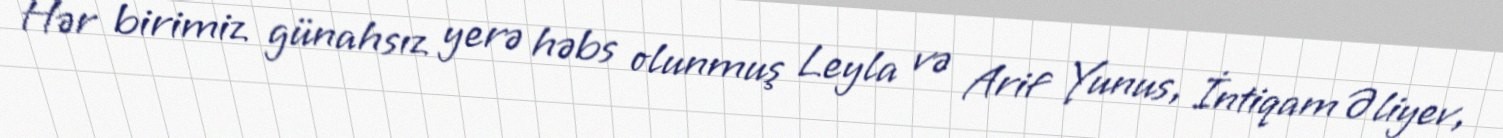
Hər birimiz günahsız yerə həbs olunmuş Leyla və Arif Yunus, İntiqam Əliyev,